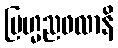
ဗြဟ္မညဖလာနိ